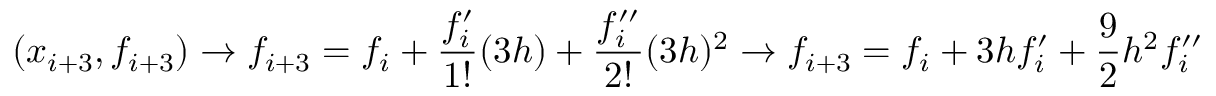
( x _ { i + 3 } , f _ { i + 3 } ) \rightarrow f _ { i + 3 } = f _ { i } + \frac { f _ { i } ^ { \prime } } { 1 ! } ( 3 h ) + \frac { f _ { i } ^ { \prime \prime } } { 2 ! } ( 3 h ) ^ { 2 } \rightarrow f _ { i + 3 } = f _ { i } + 3 h f _ { i } ^ { \prime } + \frac { 9 } { 2 } h ^ { 2 } f _ { i } ^ { \prime \prime }